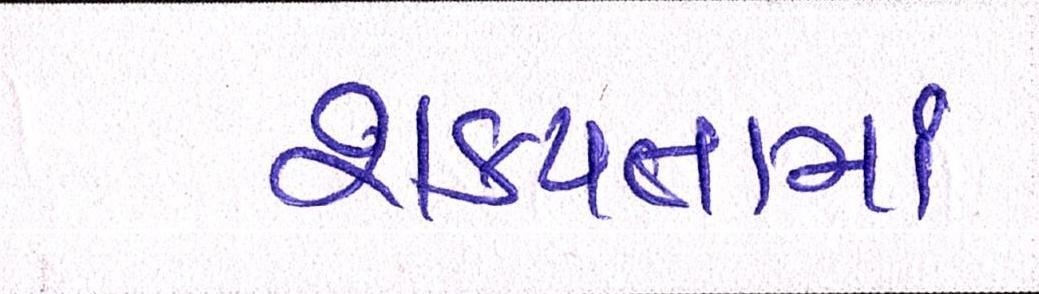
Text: શકયતામાં